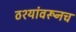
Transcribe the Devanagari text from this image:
ठश्यांवरूनच